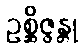
ဥစ္ဆိဇ္ဇန္တု